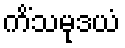
ကိံသမုဒယံ